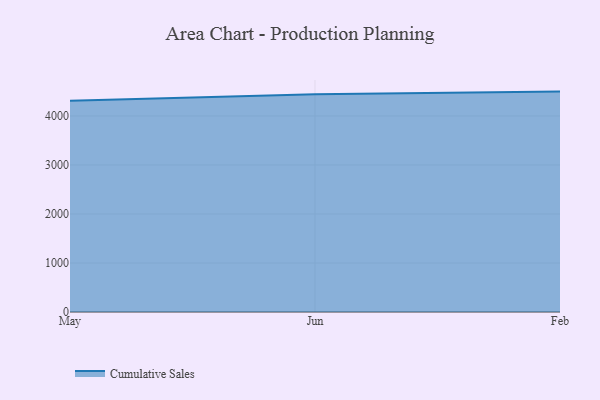
{"axis": {"x": "Month", "y": "Energy Usage (MWh)"}, "legend": ["Cumulative Sales"], "data": [{"x": "May", "y": 4310.5, "type": "Cumulative Sales"}, {"x": "Jun", "y": 4441.3, "type": "Cumulative Sales"}, {"x": "Feb", "y": 4496.8, "type": "Cumulative Sales"}]}